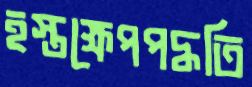
হস্তক্ষেপপদ্ধতি